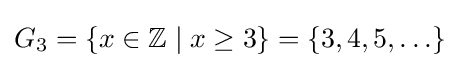
G_{3}=\{x\in \mathbb {Z} \mid x\geq 3\}=\{3,4,5,\ldots \}